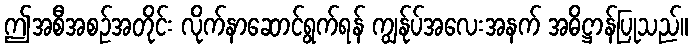
ဤအစီအစဉ်အတိုင်း လိုက်နာဆောင်ရွက်ရန် ကျွန်ုပ်အလေးအနက် အဓိဋ္ဌာန်ပြုသည်။